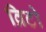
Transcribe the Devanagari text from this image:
व्रिटो